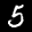
Label: 5